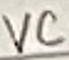
Text: VC